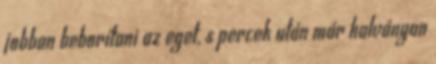
jobban beborítani az eget, s percek után már halványan